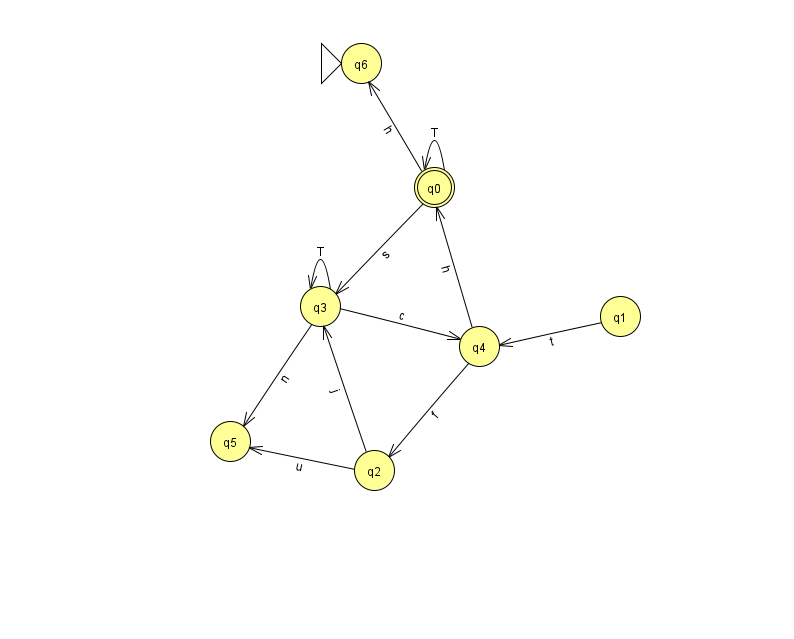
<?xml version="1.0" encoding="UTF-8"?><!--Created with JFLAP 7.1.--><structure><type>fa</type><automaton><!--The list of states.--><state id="0" name="q0"><x>434.0</x><y>174.0</y><final/></state><state id="1" name="q1"><x>620.0</x><y>303.0</y></state><state id="2" name="q2"><x>374.0</x><y>457.0</y></state><state id="3" name="q3"><x>320.0</x><y>293.0</y></state><state id="4" name="q4"><x>479.0</x><y>333.0</y></state><state id="5" name="q5"><x>230.0</x><y>428.0</y></state><state id="6" name="q6"><x>361.0</x><y>50.0</y><initial/></state><!--The list of transitions.--><transition><from>3</from><to>5</to><read>n</read></transition><transition><from>2</from><to>3</to><read>j</read></transition><transition><from>4</from><to>0</to><read>h</read></transition><transition><from>2</from><to>5</to><read>u</read></transition><transition><from>0</from><to>0</to><read>T</read></transition><transition><from>3</from><to>3</to><read>T</read></transition><transition><from>3</from><to>4</to><read>c</read></transition><transition><from>1</from><to>4</to><read>t</read></transition><transition><from>4</from><to>2</to><read>f</read></transition><transition><from>0</from><to>6</to><read>h</read></transition><transition><from>0</from><to>3</to><read>s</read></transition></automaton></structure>